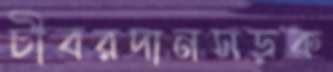
চীবরদানসড়ক